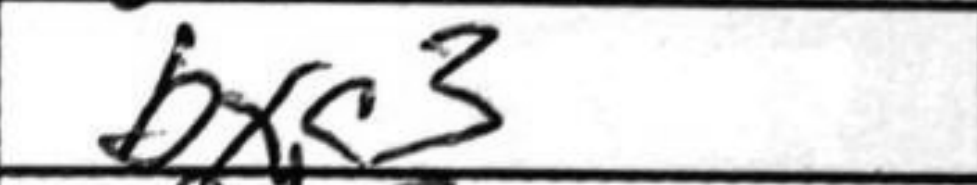
Transcription: Bxc3